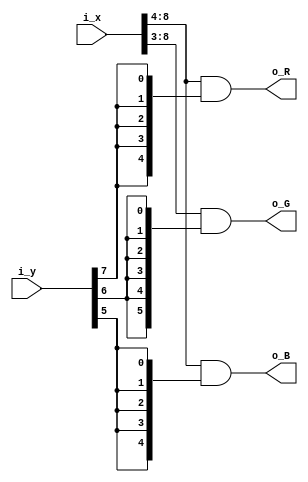
// gradient pattern
module pat_gradient (
    input [8:0] i_x,
    input [8:0] i_y,
    output [4:0] o_R,
    output [5:0] o_G,
    output [4:0] o_B
);

assign o_R = i_x[8:4] & {5{i_y[7]}};
assign o_G = i_x[8:3] & {6{i_y[6]}};
assign o_B = i_x[8:4] & {5{i_y[5]}};

endmodule